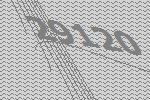
29120